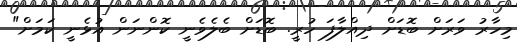
މިހާރު ވަރަށް ބޮޑަށް ދިއްލާފަ ހުރީ. ބޮޑަށް ބެލެވެނީ ކޮންނަން އުޅެނީ ކަމަށް"